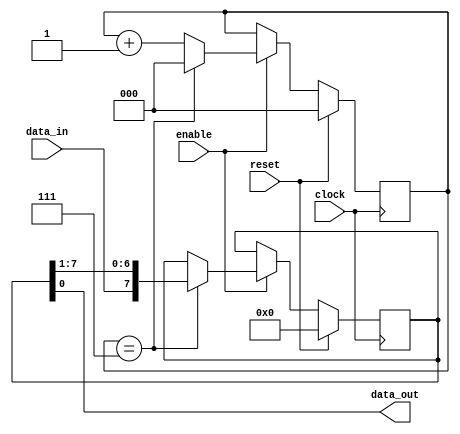
module piso_shift_register (
  input clock,
  input reset,
  input enable,
  input data_in,
  output reg data_out
);

reg [7:0] shift_register;
reg [2:0] counter;

always @(posedge clock) begin
  if (reset) begin
    shift_register <= 8'b00000000;
    counter <= 3'b0;
  end else begin
    if (enable) begin
      if (counter == 3'b111) begin
        counter <= 3'b0;
        shift_register <= {data_in, shift_register[7:1]};
      end else begin
        counter <= counter + 1;
      end
    end
  end
end

assign data_out = shift_register[0];

endmodule